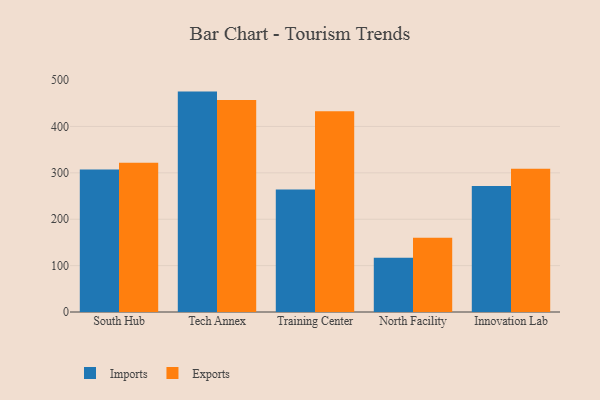
{"axis": {"x": "Campus", "y": "Tickets Resolved"}, "legend": ["Exports", "Imports"], "data": [{"x": "South Hub", "y": 307.2, "type": "Imports"}, {"x": "South Hub", "y": 321.9, "type": "Exports"}, {"x": "Tech Annex", "y": 475.1, "type": "Imports"}, {"x": "Tech Annex", "y": 457.2, "type": "Exports"}, {"x": "Training Center", "y": 264.0, "type": "Imports"}, {"x": "Training Center", "y": 432.6, "type": "Exports"}, {"x": "North Facility", "y": 117.1, "type": "Imports"}, {"x": "North Facility", "y": 160.2, "type": "Exports"}, {"x": "Innovation Lab", "y": 271.4, "type": "Imports"}, {"x": "Innovation Lab", "y": 308.6, "type": "Exports"}]}